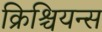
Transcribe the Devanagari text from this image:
क्रिश्चियन्स